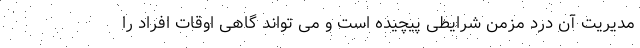
مدیریت آن درد مزمن شرایطی پیچیده است و می تواند گاهی اوقات افراد را